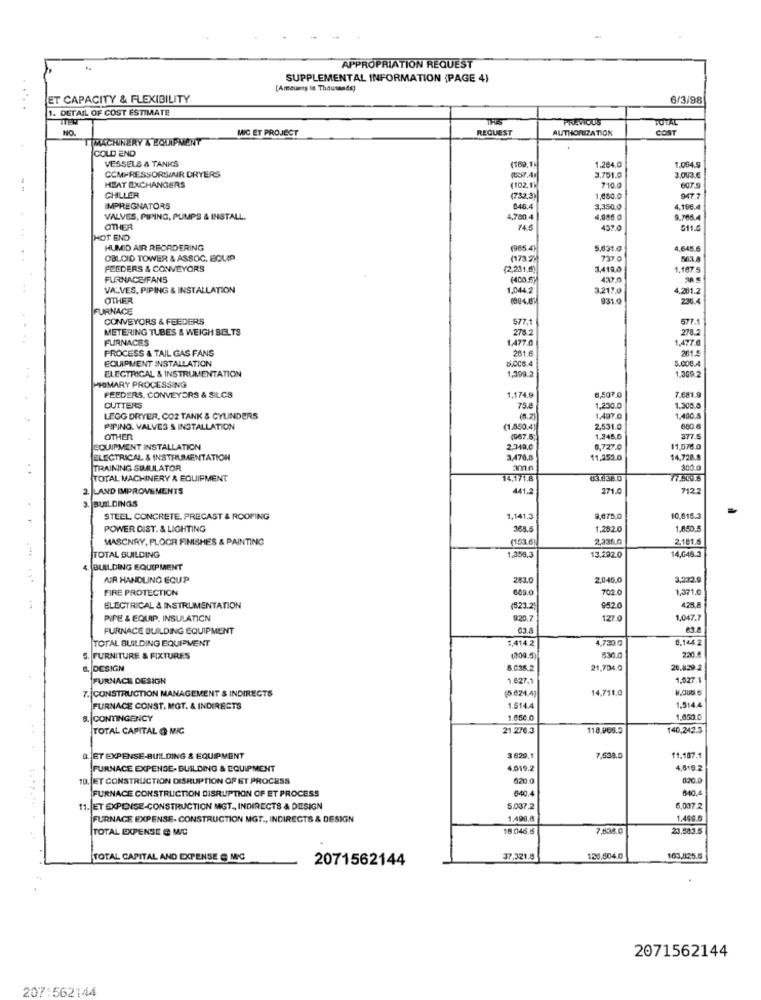
APPROPRIATION REQUEST
SUPPLEMENTAL INFORMATION (PAGE 4)
[Amounts in Thousands)
ET CAPACITY & FLEXIBILITY
6/3/98
.... .
1. DETAIL OF COST ESTIMATE
ITERT
TRES
TOTAL
NO.
REQUEST
AUTHORIZATION
COST
ITMACHINERY & EQUIPMENT
MIC ET PROJECT
COLD END
VESSELS & TANKS
COMPRESSORSINR DRYERS
1.264.
1.004.5
(102.1)
3,751.0
3.003.
HEAT EXCHANGERS
710.0
6079
CHILLER
(732,3)
1,050.0
947.7
IMPREGNATORS
646.4
3,350.0
4,196.4
VALVES, PIPING, PUMPS & INSTALL.
4,780,4
4,965.0
9.786.4
OTHER
74.5
457.0
511.6
HOT END
HUMID AIR REORDERING
(965.4]
5,631.
4,645.6
OBLCID TOWER & ASSOC. EQUIP
(173.2)
737.0
FEEDERS & CONVEYORS
(2,231.6)
3,419.0
1.107
FURNACE/FANS
437.0
VALVES, PIPING & INSTALLATION
1.044 2
3,2170
4.201.2
OTHER
931.0
236.
FURNACE
CONVEYORS & FEEDERS
577.1
677.
METERING TUBES & WEIGH BELTS
278.2
278.2
FURNACES
1.477.0
1477
PROCESS & TAIL GAS FANS
261.6
201.5
EQUIPMENT INSTALLATION
5.008.4
1,399.2
5.000.4
HOMARY PROCESSING
ELECTRICAL & INSTRUMENTATION
1,369.2
FEEDERS, CONVEYERS & SILCS
1,174.9
6,507.0
7.681.9
CUTTERS
75.4
1,230.0
1.300.0
LEGG DRYER, COZ TANK & CYLINDERS
(6.2)
1.497.0
1,400.8
PIPING. VALVES S INSTALLATION
(1.850.4]
2,531.0
600.6
OTHER
(967.5;
1.245.
EQUIPMENT INSTALLATION
2,340,0
6,727.0
11,076.0
ELECTRICAL & INSTRUMENTATION
3,470.
11,252.0
14,728.8
TRAINING SIMULATOR
amn
300.0
TOTAL MACHINERY & EQUIPMENT
14,171.8
03.138.0
2 LAND IMPROVEMENTS
441.2
271.0
7122
BUILDINGS
STEEL CONCRETE. PRECAST & ROOFING
1,141.3
9,675,0
10,816.3
POWER DIST. & LIGHTING
365.5
1,282.0
1,850,5
MASCNRY, PLOOR FINISHES & PAINTING
153.6
2,335.0
2,181.5
TOTAL BUILDING
1,359.3
13,292.0
14,646.3
4. (BUILDING EQUIPMENT
AR HANDLING ECUP
283.0
2,046.0
3,232.9
FIRE PROTECTION
609.0
702.0
1,371,0
ELECTRICAL & INSTRUMENTATION
(523.2)
$520
428,8
PIPE & EQUIP, INSULATION
920.7
127.0
1,047.
FURNACE BUILDING EQUIPMENT
03.8
TOTAL BUILDING EQUIPMENT
:414.2
4,730 G
6.144.2
2:30.8
S. FURNITURE & FIXTURES
(200.
530.0
6, DESIGN
21,704.0
20.829.2
FURNACE DESIGN
1.627.
1,027.1
(5.624.4)
14.711.0
7.CONSTRUCTION MANAGEMENT & INDIRECTS
FURNACE CONST. MGT. & INDIRECTS
1.5144
1.514.4
8. CONTINGENCY
1.650.0
1,850
TOTAL CAPITAL @ MIC
21.276.3
118.965.5
140,242.3
Q. ET EXPENSE-BUILDING & EQUIPMENT
3 629.1
7,538.0
11.107.1
FURNACE EXPENSE- BUILDING & EQUIPMENT
4.019.2
4,619.2
10. ET CONSTRUCTION DISRUPTION OF ET PROCESS
620.0
620.0
FURNACE CONSTRUCTION DISRUPTION OF ET PROCESS
640.4
640.4
11. ET EXPENSE-CONSTRUCTION MGT, INDIRECTS & DESIGN
5.037.2
6,007.2
FURNAGE EXPENSE- CONSTRUCTION MGT ., INDIRECTS & DESIGN
1.409.6
1.469.6
TOTAL EXPENSE & MC
18.046.6
7,808 C
23,583.5
TOTAL CAPITAL AND EXPENSE @ MIC
2071562144
37.321.8
123,504.0
163,825.6
2071562144
207:562144